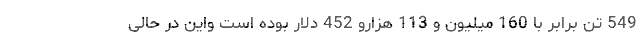
549 تن برابر با 160 میلیون و 113 هزارو 452 دلار بوده است واین در حالی